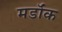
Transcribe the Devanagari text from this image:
मर्डॉक